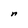
Character: n